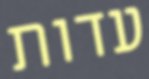
עדות